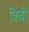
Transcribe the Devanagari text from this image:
त्रिची